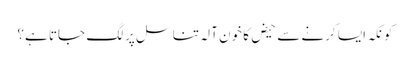
کونکہ ایسا کرنے سے حیض کا خون آلہ تناسل پر لگ جاتا ہے؟